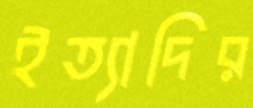
ইত্যাদির